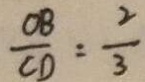
\frac { O B } { C D } = \frac { 2 } { 3 }